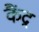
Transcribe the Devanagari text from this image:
कैंद्र